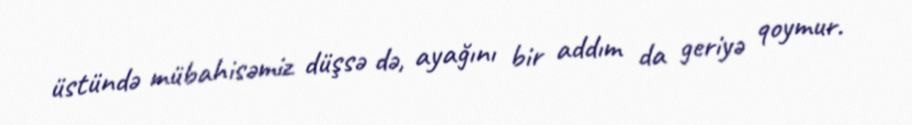
üstündə mübahisəmiz düşsə də, ayağını bir addım da geriyə qoymur.